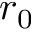
r _ { 0 }